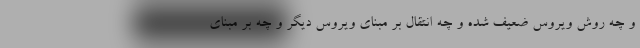
و چه روش ویروس ضعیف شده و چه انتقال بر مبنای ویروس دیگر و چه بر مبنای